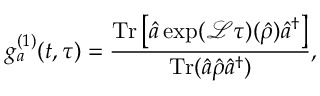
g _ { a } ^ { ( 1 ) } ( t , \tau ) = \frac { \mathrm { T r } \left[ \hat { a } \exp ( \mathcal { L } \tau ) ( \hat { \rho } ) \hat { a } ^ { \dagger } \right] } { \mathrm { T r } ( \hat { a } \hat { \rho } \hat { a } ^ { \dagger } ) } ,